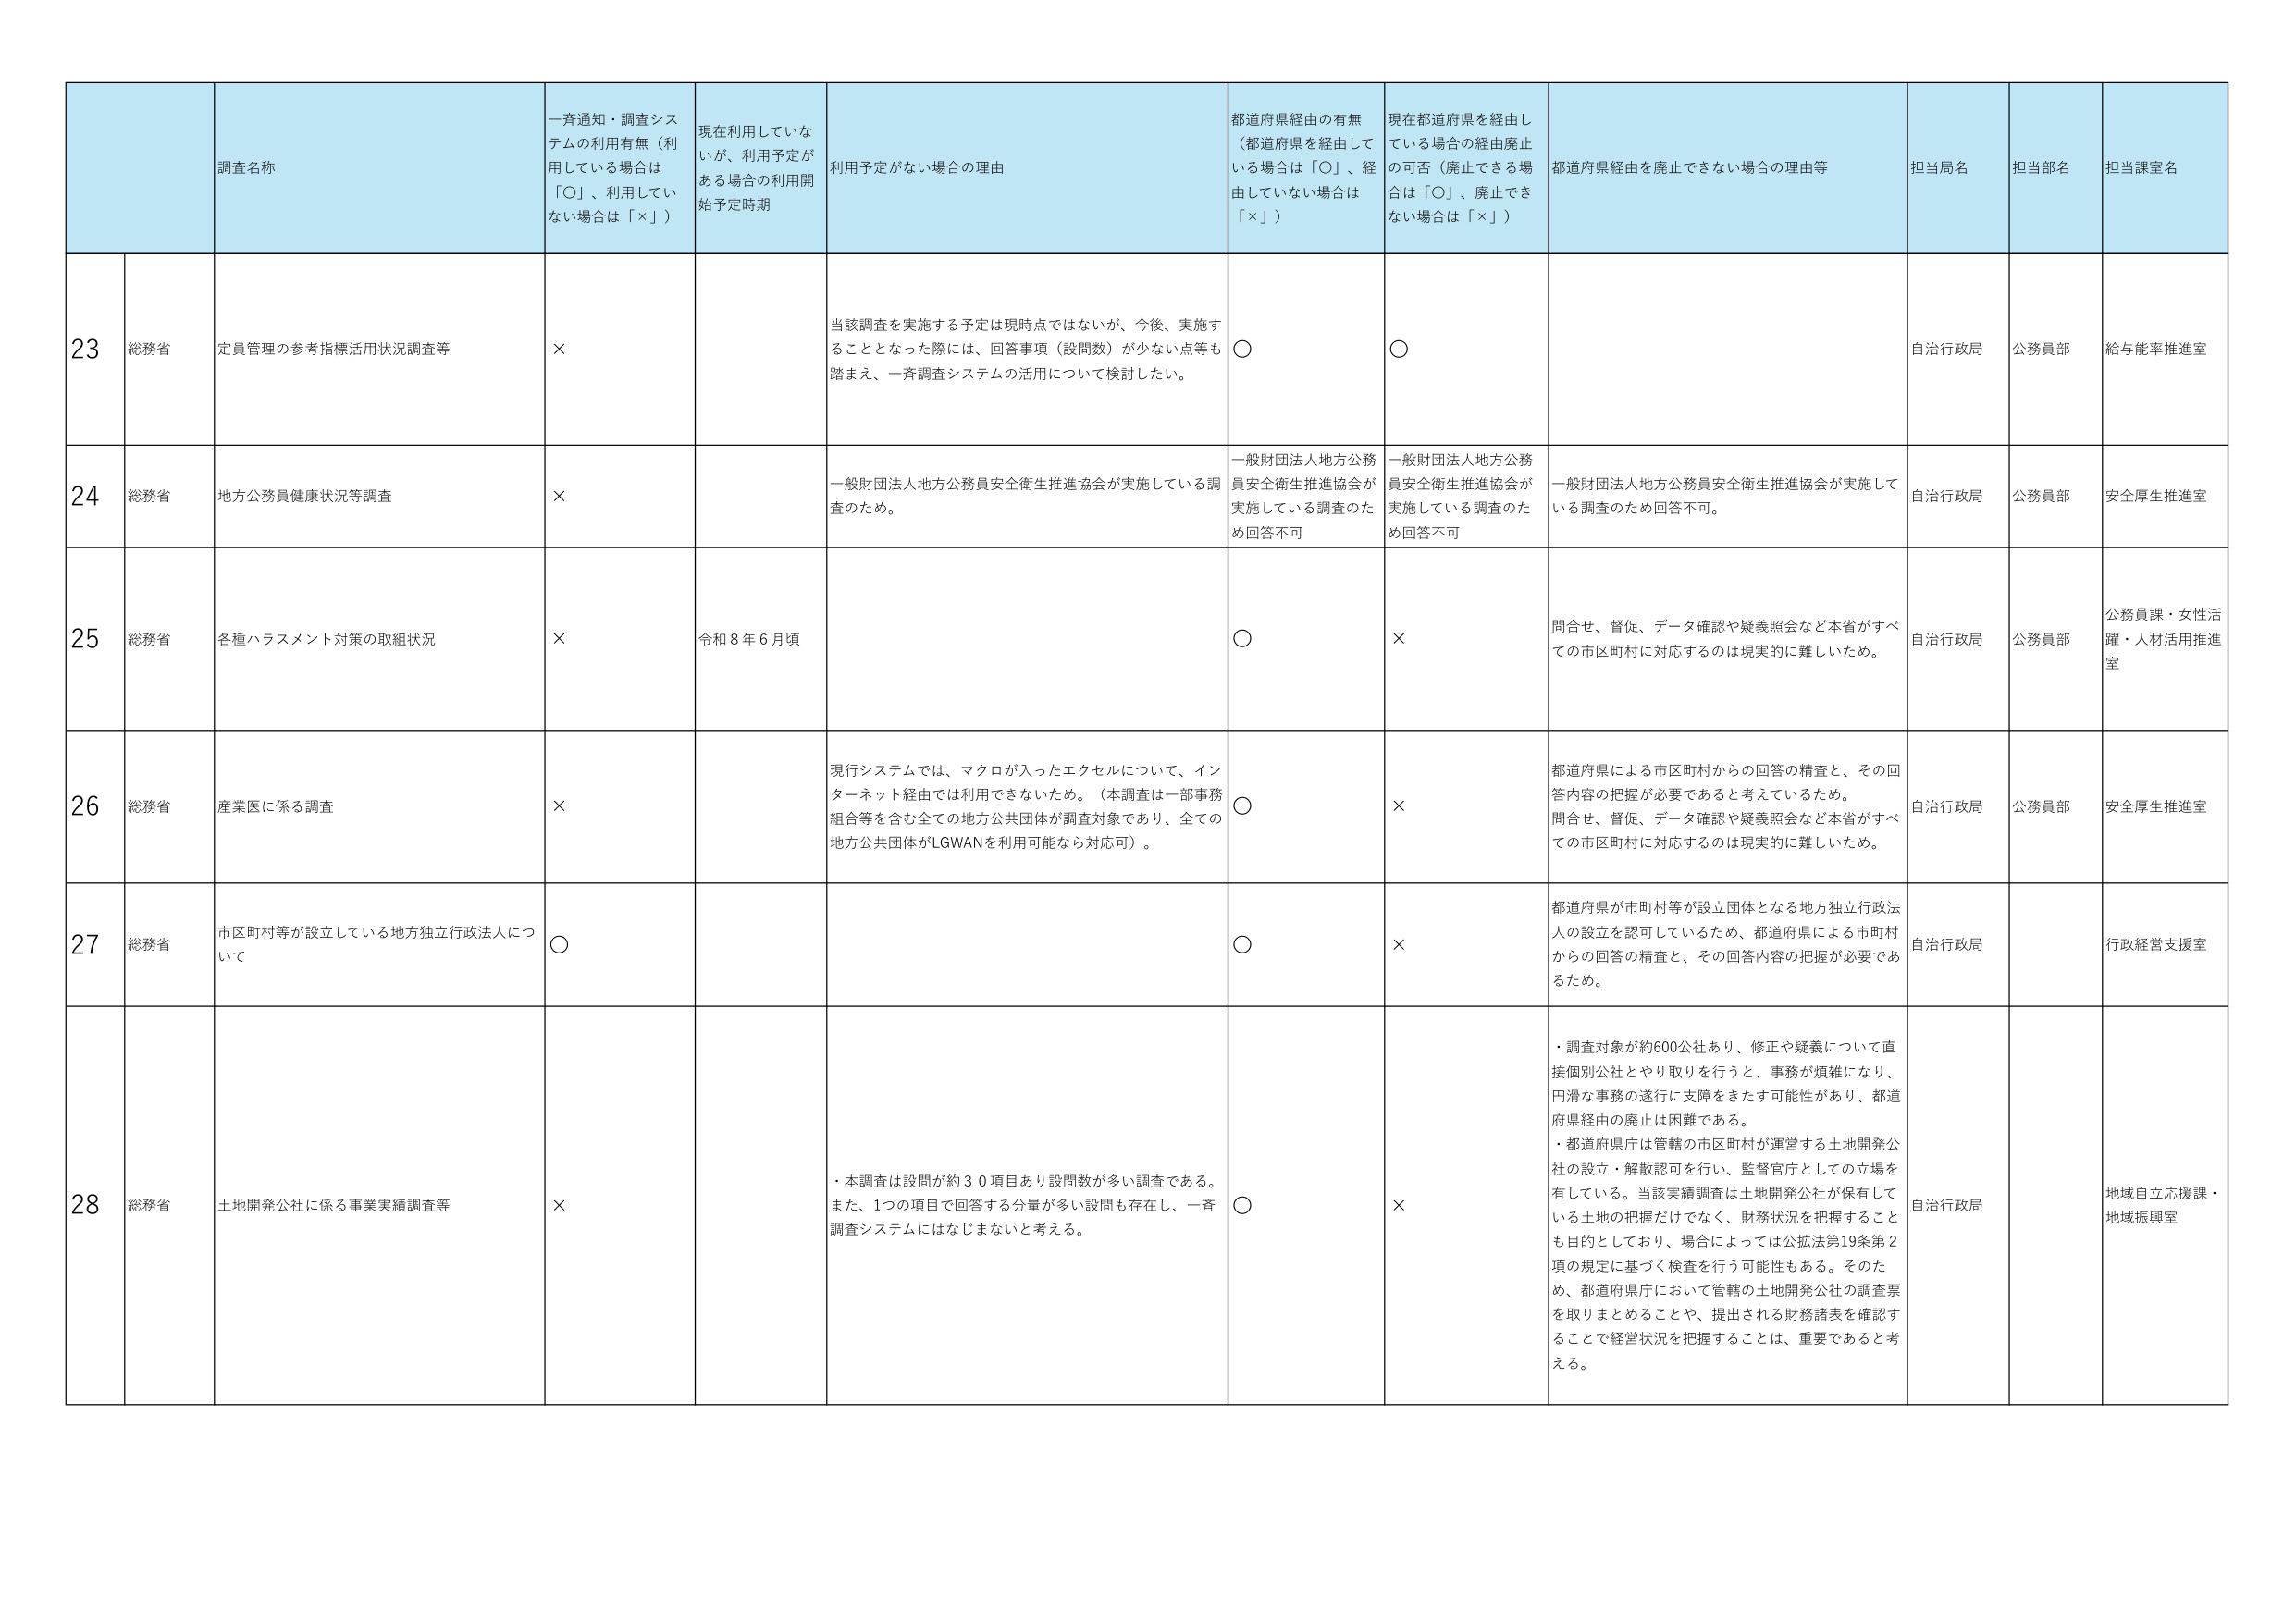
23 総務省 定員管理の参考指標活用状況調査等 × 当該調査を実施する予定は現時点ではないが、今後、実施することとなった際には、回答事項（設問数）が少ない点等も踏まえ、一斉調査システムの活用について検討したい。 ○ ○ 自治行政局 公務員部 給与能率推進室

24 総務省 地方公務員健康状況等調査 × 一般財団法人地方公務員安全衛生推進協会が実施している調査のため。 一般財団法人地方公務員安全衛生推進協会が実施している調査のため回答不可 一般財団法人地方公務員安全衛生推進協会が実施している調査のため回答不可 自治行政局 公務員部 安全厚生推進室

25 総務省 各種ハラスメント対策の取組状況 × 令和8年6月頃 ○ × 問合せ、督促、データ確認や疑義照会など本省がすべての市区町村に対応するのは現実的に難しいため。 自治行政局 公務員部 公務員課・女性活躍・人材活用推進室

26 総務省 産業医に係る調査 × 現行システムでは、マクロが入ったエクセルについて、インターネット経由では利用できないため。（本調査は一部事務組合等を含む全ての地方公共団体が調査対象であり、全ての地方公共団体がLGWANを利用可能なら対応可）。 ○ × 都道府県による市区町村からの回答の精査と、その回答内容の把握が必要であると考えているため。 問合せ、督促、データ確認や疑義照会など本省がすべての市区町村に対応するのは現実的に難しいため。 自治行政局 公務員部 安全厚生推進室

27 総務省 市区町村等が設立している地方独立行政法人について ○ ○ × 都道府県が市町村等が設立団体となる地方独立行政法人の設立を認可しているため、都道府県による市町村からの回答の精査と、その回答内容の把握が必要であるため。 自治行政局 行政経営支援室

28 総務省 土地開発公社に係る事業実績調査等 × ・本調査は設問が約30項目あり設問数が多い調査である。また、1つの項目で回答する分量が多い設問も存在し、一斉調査システムにはなじまないと考える。 ○ × ・調査対象が約600公社あり、修正や疑義について直接個別公社とやり取りを行うと、事務が煩雑になり、円滑な事務の遂行に支障をきたす可能性があり、都道府県経由の廃止は困難である。 ・都道府県庁は管轄の市区町村が運営する土地開発公社の設立・解散認可を行い、監督官庁としての立場を有している。当該実績調査は土地開発公社が保有している土地の把握だけでなく、財務状況を把握することも目的としており、場合によっては公拡法第19条第2項の規定に基づく検査を行う可能性もある。そのため、都道府県庁において管轄の土地開発公社の調査票を取りまとめることが、提出される財務諸表を確認することで経営状況を把握することは、重要であると考える。 自治行政局 地域自立応援課・地域振興室

調査名称 一斉通知・調査システムの利用有無（利用している場合は「○」、利用していない場合は「×」） 現在利用していないが、利用予定がある場合の利用開始予定時期 利用予定がない場合の理由 都道府県経由の有無（都道府県を経由している場合は「○」、経由していない場合は「×」） 現在都道府県を経由している場合の経由廃止の可否（廃止できる場合は「○」、廃止できない場合は「×」） 都道府県経由を廃止できない場合の理由等 担当局名 担当部名 担当課室名